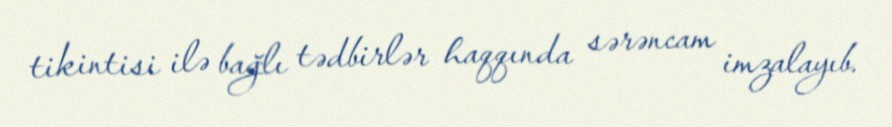
tikintisi ilə bağlı tədbirlər haqqında sərəncam imzalayıb.